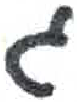
אות: ג